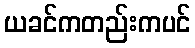
ယခင်ကတည်းကပင်